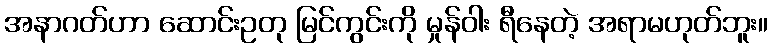
အနာဂတ်ဟာ ဆောင်းဥတု မြင်ကွင်းကို မှုန်ဝါး ရီနေတဲ့ အရာမဟုတ်ဘူး။